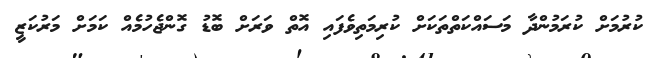
ކުރުމަށް ކުރަމުންދާ މަސައްކަތްތަކަށް ކުރިމަތިވެފައި އޮތް ވަރަށް ބޮޑު ގޮންޖެހުމެއް ކަމަށް މަރުކަޒީ